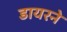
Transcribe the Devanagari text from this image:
डायरने